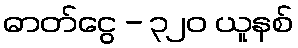
ဓာတ်ငွေ - ၃၂၀ ယူနစ်